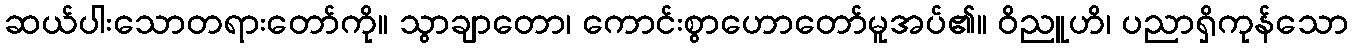
ဆယ်ပါးသောတရားတော်ကို။ သွာချာတော၊ ကောင်းစွာဟောတော်မူအပ်၏။ ဝိညူဟိ၊ ပညာရှိကုန်သော